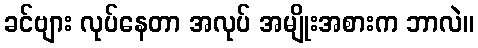
ခင်ဗျား လုပ်နေတာ အလုပ် အမျိုးအစားက ဘာလဲ။